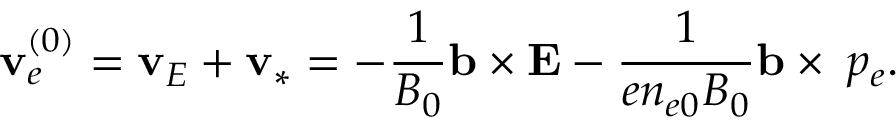
\mathbf { v } _ { e } ^ { ( 0 ) } = \mathbf { v } _ { E } + \mathbf { v } _ { * } = - \frac { 1 } { B _ { 0 } } \mathbf { b } \times { \bf E } - \frac { 1 } { e n _ { e 0 } B _ { 0 } } \mathbf { b } \times \triangledown p _ { e } .